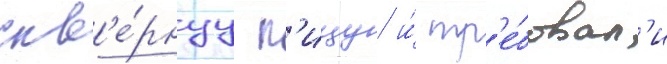
скв'е́рнуу п'ищу и́ тр'е́бовал'и